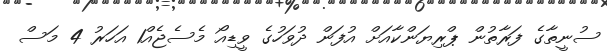
ސުނީތާގެ ފަރާތުން ޕްރިޔަންކާއަށް އުފަން ދުވަހުގެ ވީޑިއޯ މެސެޖެއް1 އަހަރު 4 މަސް